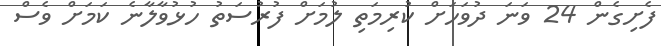
ފެށިގެން 24 ވަނަ ދުވަހަށް ކުރިމަތި ލުމަށް ފުރުސަތު ހުޅުވާލާނެ ކަމަށް ވެސް